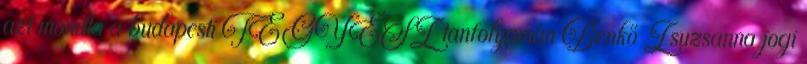
azt mondta a budapesti TEGYESZ tanfolyamán Benkő Zsuzsanna jogi